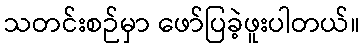
သတင်းစဉ်မှာ ဖော်ပြခဲ့ဖူးပါတယ်။